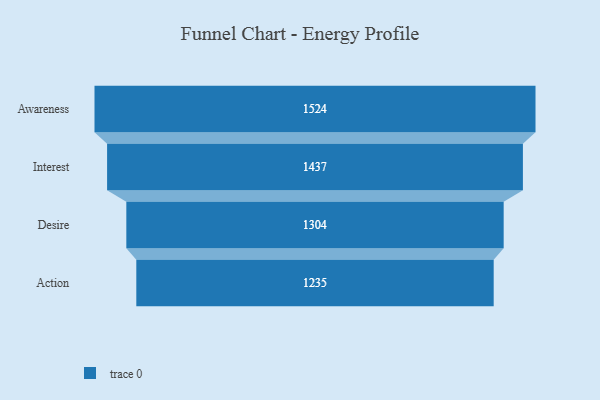
{"axis": {"x": "Stage", "y": "Value"}, "legend": [""], "data": [{"x": "Awareness", "y": 1524.0, "type": ""}, {"x": "Interest", "y": 1437.0, "type": ""}, {"x": "Desire", "y": 1304.0, "type": ""}, {"x": "Action", "y": 1235.0, "type": ""}]}